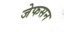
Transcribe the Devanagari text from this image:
जेफसन